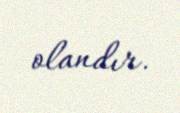
olandır.